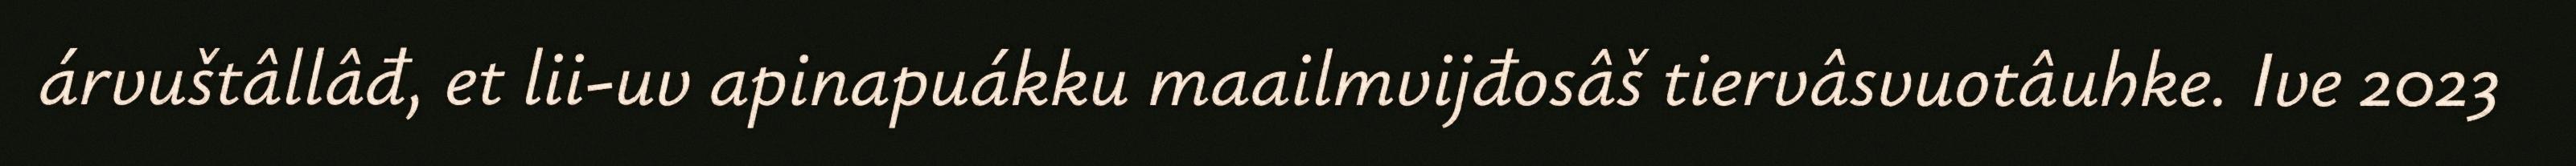
árvuštâllâđ, et lii-uv apinapuákku maailmvijđosâš tiervâsvuotâuhke. Ive 2023